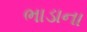
ભાડાના